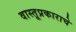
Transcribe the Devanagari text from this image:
वास्तूप्रकाराचे